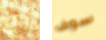
أنك سوف